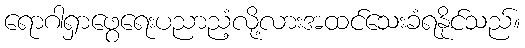
ရောဂါရှာဖွေရေးပညာညံ့လို့လားအထင်သေးခံရနိုင်သည်။